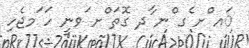
ައ ްށ ެގ ްނ ާދ ގޮތަ ްށ ަވނީ ހަ ަމޖެހި